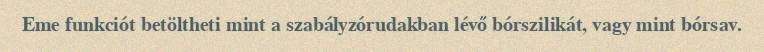
Eme funkciót betöltheti mint a szabályzórudakban lévő bórszilikát, vagy mint bórsav.